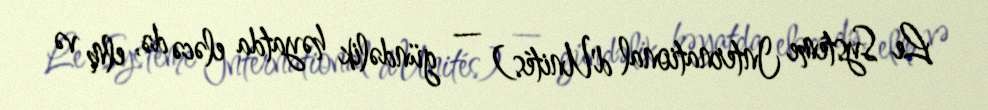
Le Système International d'Unités) — gündəlik həyatda eləcə də, elm və